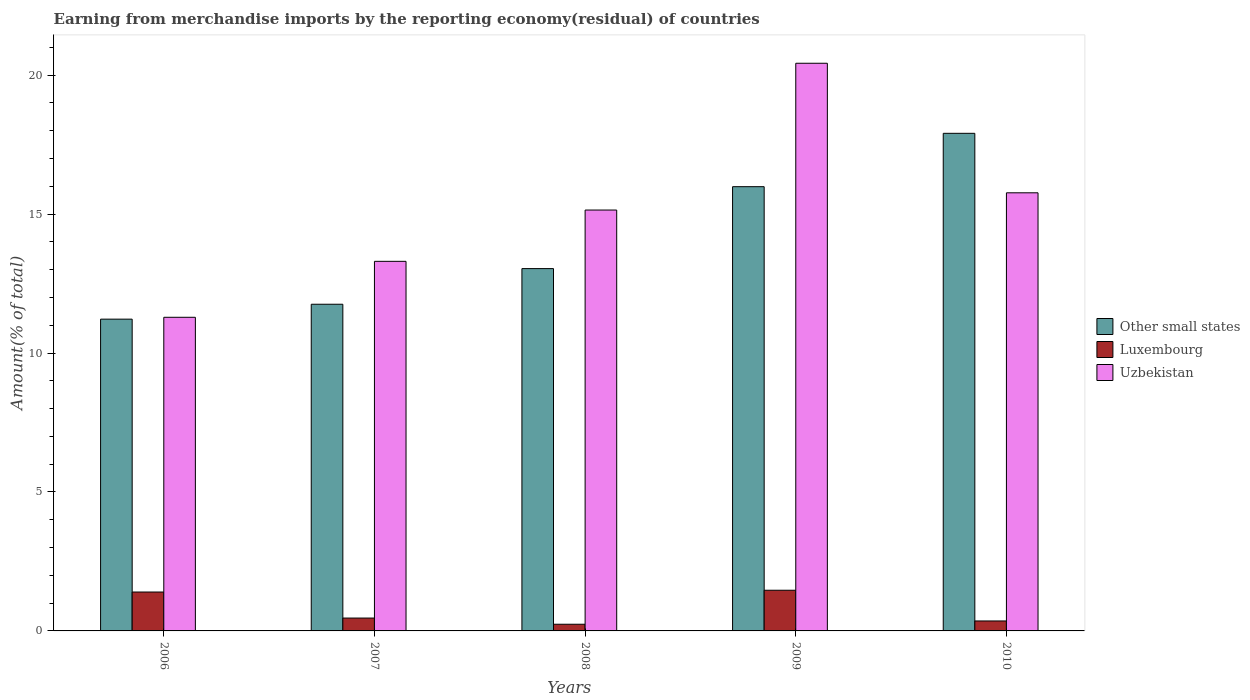
| Years | Other small states | Luxembourg | Uzbekistan |
 | --- | --- | --- | --- |
 | 2006 | 11.2 | 1.4 | 11.3 |
 | 2007 | 11.8 | 0.463 | 13.3 |
 | 2008 | 13 | 0.24 | 15.1 |
 | 2009 | 16 | 1.46 | 20.4 |
 | 2010 | 17.9 | 0.359 | 15.8 |